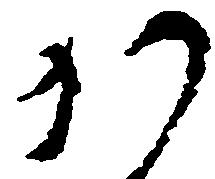
か